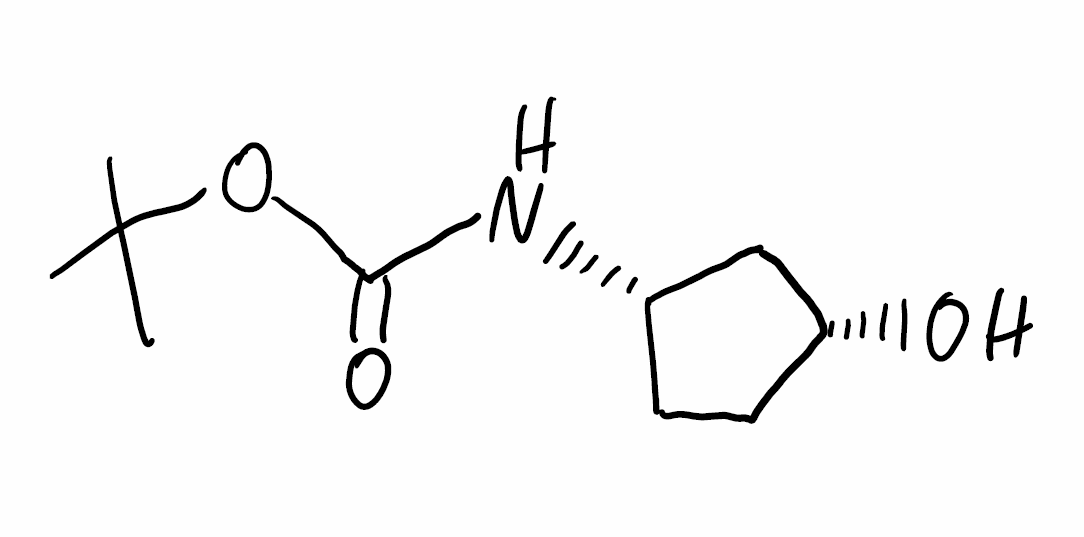
Simplified molecular-input line-entry system (SMILES) notation of the given molecule:
CC(C)(C)OC(=O)N[C@H]1CC[C@H](C1)O